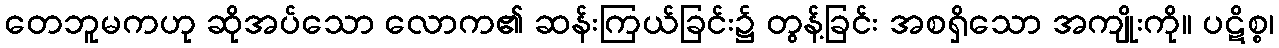
တေဘူမကဟု ဆိုအပ်သော လောက၏ ဆန်းကြယ်ခြင်း၌ တွန့်ခြင်း အစရှိသော အကျိုးကို။ ပဋိစ္စ၊